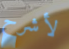
لأشرح